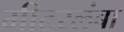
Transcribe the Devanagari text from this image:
मीटरलंबा